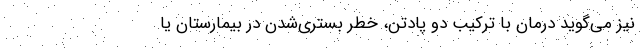
نیز می‌گوید درمان با ترکیب دو پادتن، خطر بستری‌شدن در بیمارستان یا